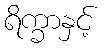
ရိက္ခာနှင့်